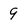
Character: 9